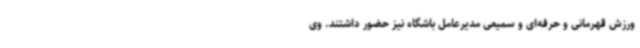
ورزش قهرمانی و حرفه‌ای و سمیعی مدیرعامل باشگاه نیز حضور داشتند. وی